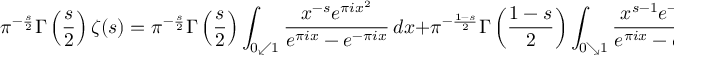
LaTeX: \pi ^ { - { \frac { s } { 2 } } } \Gamma \left( { \frac { s } { 2 } } \right) \zeta ( s ) = \pi ^ { - { \frac { s } { 2 } } } \Gamma \left( { \frac { s } { 2 } } \right) \int _ { 0 \swarrow 1 } { \frac { x ^ { - s } e ^ { \pi i x ^ { 2 } } } { e ^ { \pi i x } - e ^ { - \pi i x } } } \, d x + \pi ^ { - { \frac { 1 - s } { 2 } } } \Gamma \left( { \frac { 1 - s } { 2 } } \right) \int _ { 0 \searrow 1 } { \frac { x ^ { s - 1 } e ^ { - \pi i x ^ { 2 } } } { e ^ { \pi i x } - e ^ { - \pi i x } } } \, d x